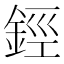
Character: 鋞